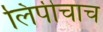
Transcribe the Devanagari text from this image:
लिपीचाच